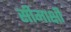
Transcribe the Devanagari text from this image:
सीमाक्षी